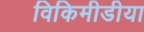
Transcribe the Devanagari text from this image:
विकिमीडीया